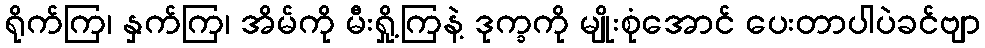
ရိုက်ကြ၊ နှက်ကြ၊ အိမ်ကို မီးရှို့ကြနဲ့ ဒုက္ခကို မျိုးစုံအောင် ပေးတာပါပဲခင်ဗျာ